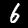
Label: 6